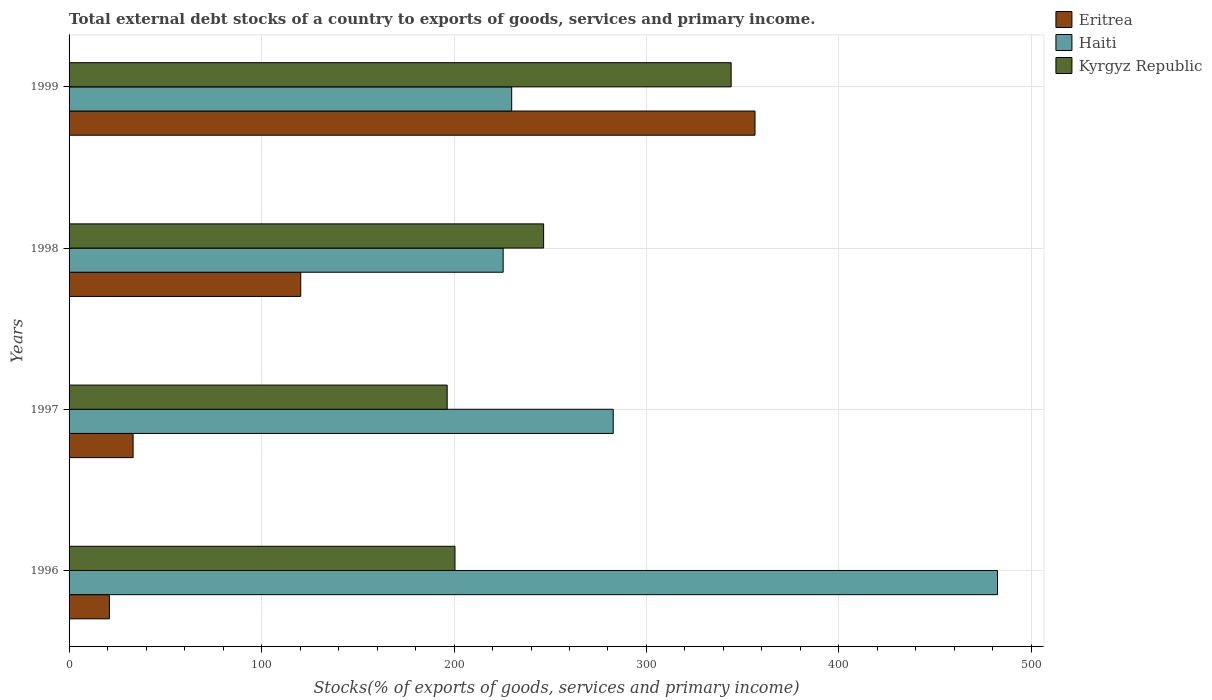
| Years | Eritrea | Haiti | Kyrgyz Republic |
 | --- | --- | --- | --- |
 | 1996 | 21 | 482 | 201 |
 | 1997 | 33.3 | 283 | 196 |
 | 1998 | 120 | 226 | 247 |
 | 1999 | 356 | 230 | 344 |